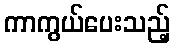
ကာကွယ်ပေးသည့်